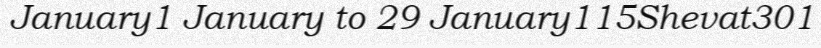
January1 January to 29 January115Shevat301